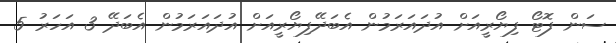
ސަން ފޮޓޯ ފިޔޯރީއަށް އުދައަރަމުން އެބަދޭފިޔޯރީއަށް އުދައަރަމުން އެބަދޭ 3 އަހަރު 5